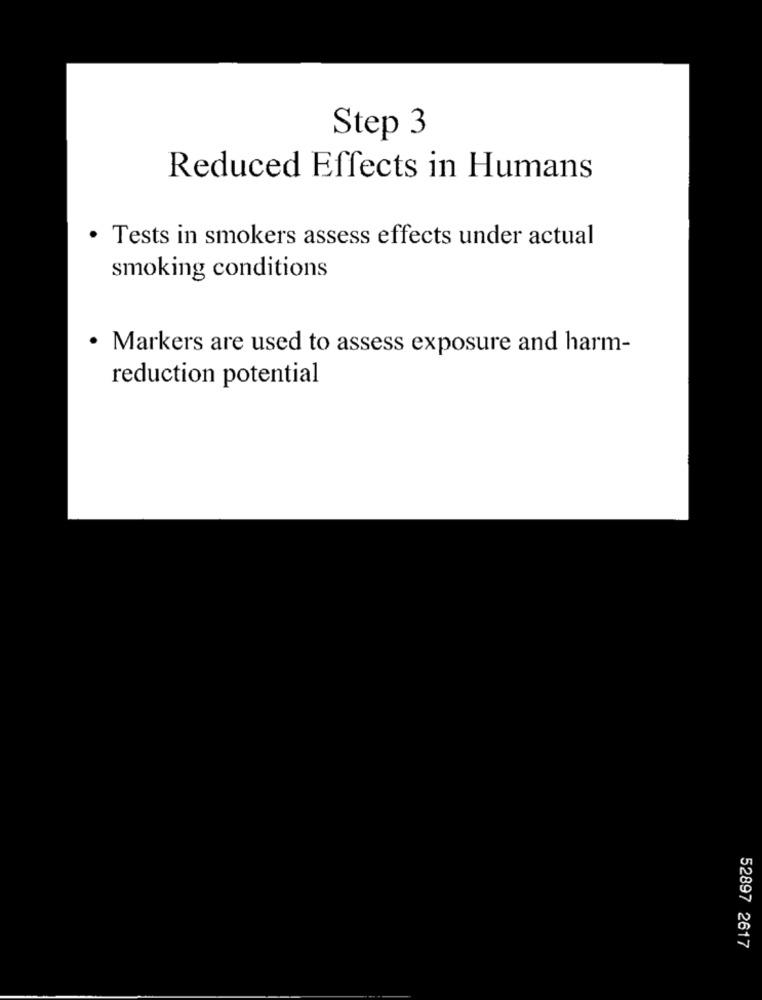
Step 3
Reduced Effects in Humans
· Tests in smokers assess effects under actual
smoking conditions
· Markers are used to assess exposure and harm-
reduction potential
52897 2617